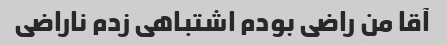
آقا من راضی بودم اشتباهی زدم ناراضی